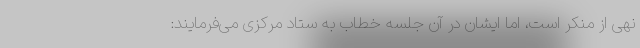
نهی از منکر است، اما ایشان در آن جلسه خطاب به ستاد مرکزی می‌فرمایند: